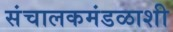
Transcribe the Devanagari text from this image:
संचालकमंडळाशी